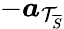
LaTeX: -\boldsymbol{a}_{\mathcal{T}_{\overline{{S}}}}